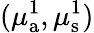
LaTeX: (\mu_{{\mathrm a}}^{1},\mu_{\mathrm{s}}^{1})